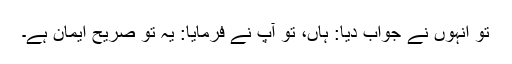
تو انہوں نے جواب دیا: ہاں، تو آپ نے فرمایا: یہ تو صريح ایمان ہے۔